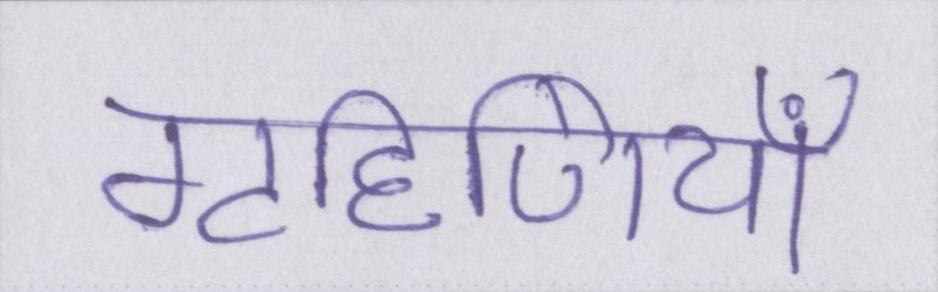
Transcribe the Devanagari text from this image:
गृहिणियाँ